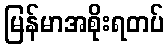
မြန်မာအစိုးရတပ်